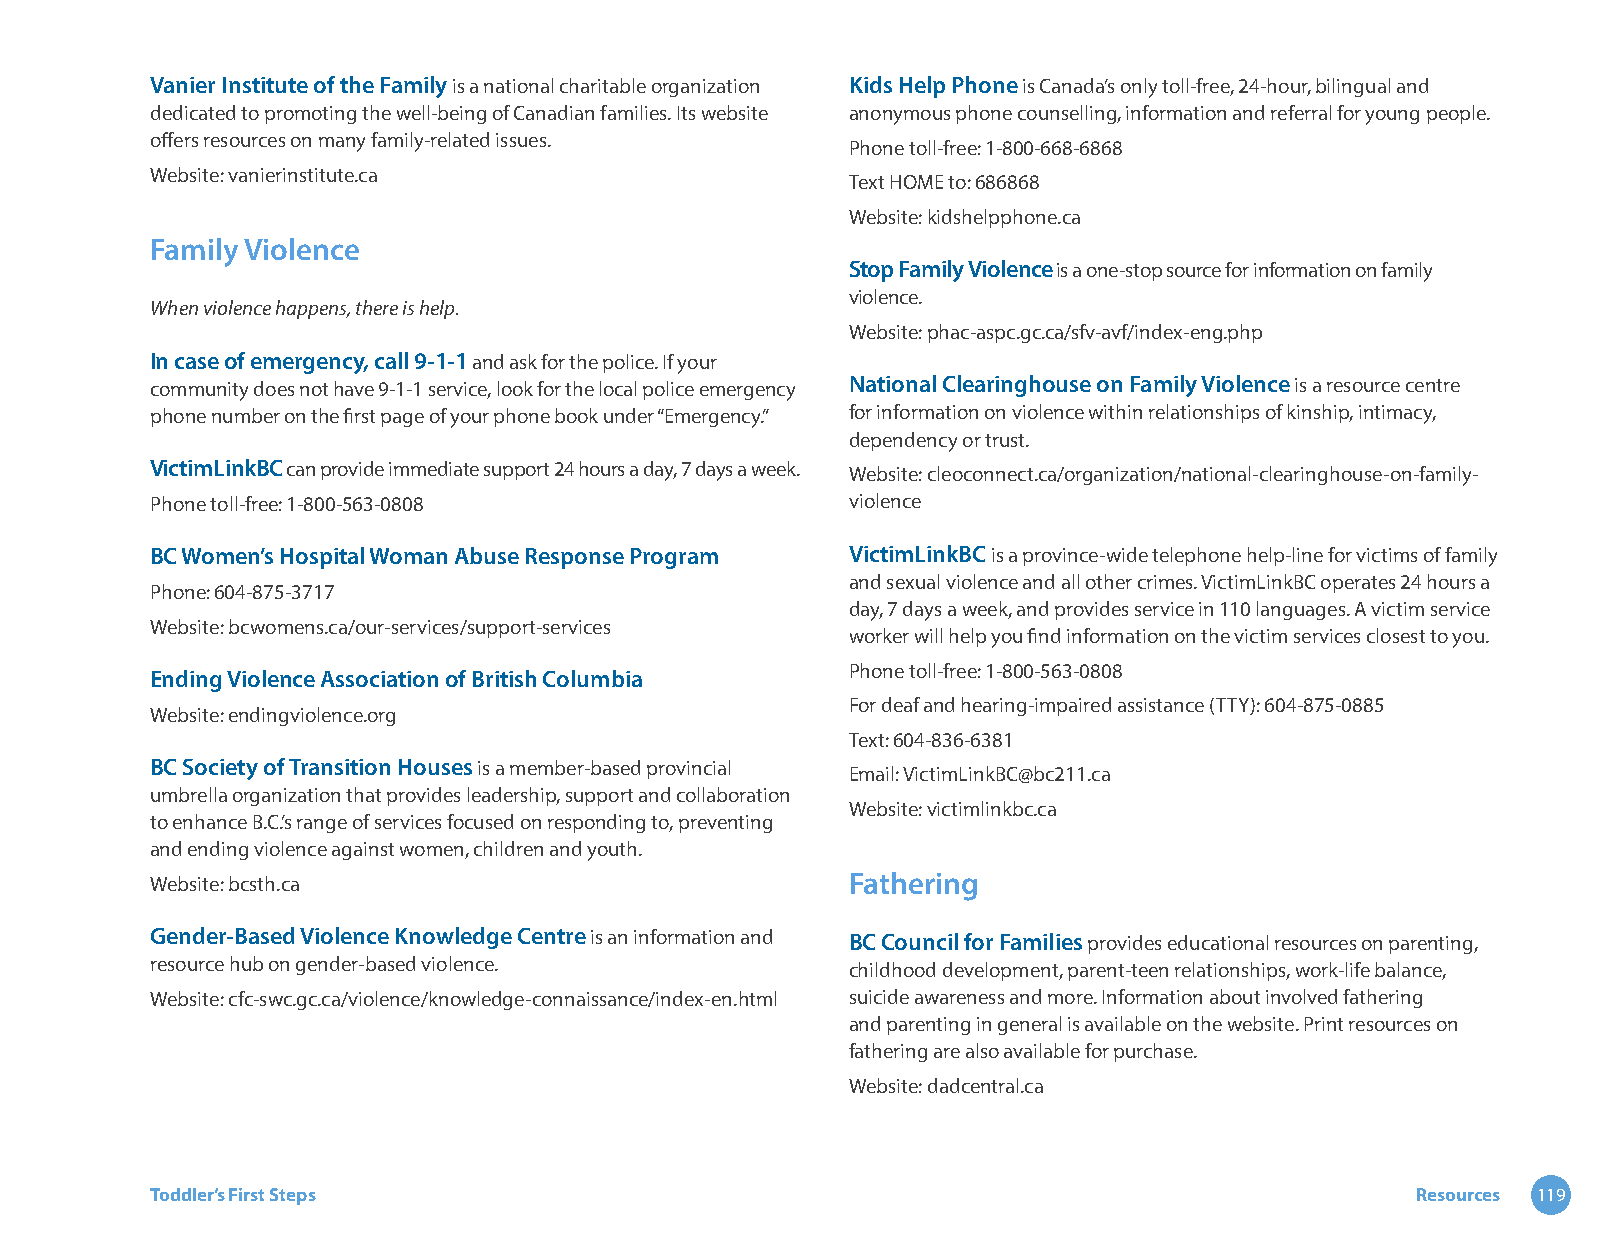
Vanier Institute of the Family is a national charitable organization Kids Help Phone is Canada’s only toll-free, 24-hour, bilingual and
 dedicated to promoting the well-being of Canadian families. Its website anonymous phone counselling, information and referral for young people.
 offers resources on many family-related issues.
 Phone toll-free: 1-800-668-6868
 Website: vanierinstitute.ca
 Text HOME to: 686868
 Website: kidshelpphone.ca
 Family Violence
 Stop Family Violence is a one-stop source for information on family
 violence.
 When violence happens, there is help.
 Website: phac-aspc.gc.ca/sfv-avf/index-eng.php
 In case of emergency, call 9-1-1 and ask for the police. If your
 community does not have 9-1-1 service, look for the local police emergency National Clearinghouse on Family Violence is a resource centre
 phone number on the first page of your phone book under “Emergency.” for information on violence within relationships of kinship, intimacy,
 dependency or trust.
 VictimLinkBC can provide immediate support 24 hours a day, 7 days a week. Website: cleoconnect.ca/organization/national-clearinghouse-on-family-
 Phone toll-free: 1-800-563-0808               violence
 BC Women’s Hospital Woman Abuse Response Program VictimLinkBC is a province-wide telephone help-line for victims of family
 and sexual violence and all other crimes. VictimLinkBC operates 24 hours a
 Phone: 604-875-3717
 day, 7 days a week, and provides service in 110 languages. A victim service
 Website: bcwomens.ca/our-services/support-services
 worker will help you find information on the victim services closest to you.
 Phone toll-free: 1-800-563-0808
 Ending Violence Association of British Columbia
 For deaf and hearing-impaired assistance (TTY): 604-875-0885
 Website: endingviolence.org
 Text: 604-836-6381
 BC Society of Transition Houses is a member-based provincial
 Email: VictimLinkBC@bc211.ca
 umbrella organization that provides leadership, support and collaboration
 Website: victimlinkbc.ca
 to enhance B.C.’s range of services focused on responding to, preventing
 and ending violence against women, children and youth.
 Website: bcsth.ca                             Fathering
 Gender-Based Violence Knowledge Centre is an information and BC Council for Families provides educational resources on parenting,
 resource hub on gender-based violence.        childhood development, parent-teen relationships, work-life balance,
 Website: cfc-swc.gc.ca/violence/knowledge-connaissance/index-en.html suicide awareness and more. Information about involved fathering
 and parenting in general is available on the website. Print resources on
 fathering are also available for purchase.
 Website: dadcentral.ca
 Toddler’s First Steps                                                               Resources 119